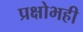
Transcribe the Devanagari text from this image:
प्रक्षोभही